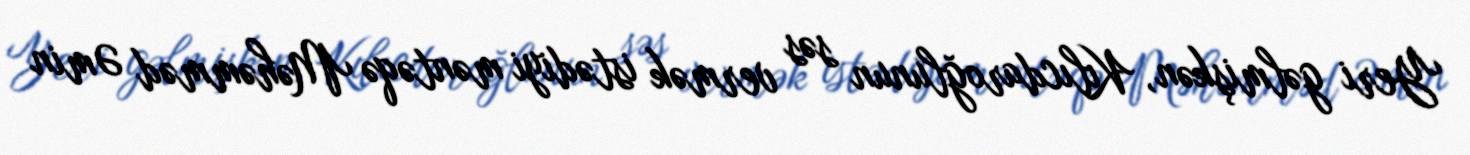
Yeri gəlmişkən, Kılıcdaroğlunun səs vermək istədiyi məntəqə Məhəmməd Əmin